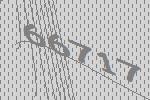
66717